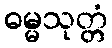
ဓမ္မသုတ္တံ